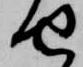
せ